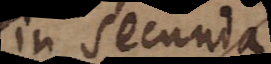
in secunda